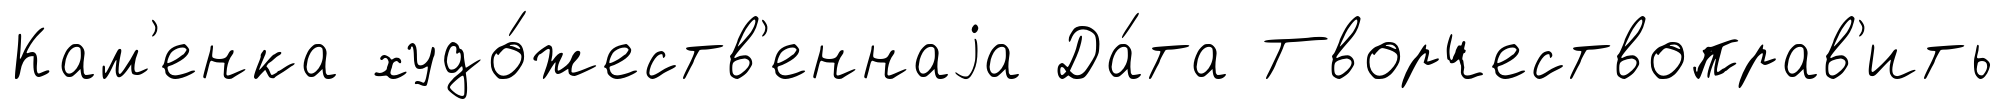
Кам'енка худо́жеств'еннаjа Да́та Творчествоправ'ить